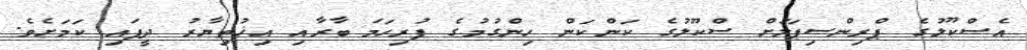
އެސްކޫލުގެ ޕްރިންސިޕަލަށް ސްކޫލުގެ ކަންކަން ހިންގުމުގެ ފުރިހަމަ ބާރާއި އިޚުތިޔާރު ދީފައި ކަމަށެވެ.